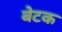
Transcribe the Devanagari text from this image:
बेटक